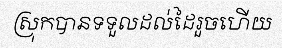
ស្រុកបានទទួលដល់ដៃរួចហើយ